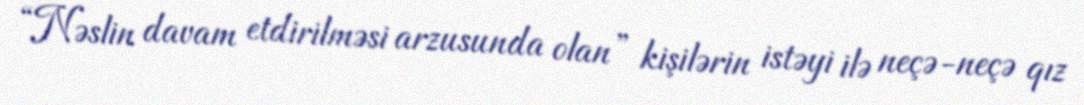
“Nəslin davam etdirilməsi arzusunda olan” kişilərin istəyi ilə neçə-neçə qız